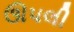
ઊપલી